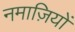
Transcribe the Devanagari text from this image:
नमाज़ियों